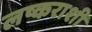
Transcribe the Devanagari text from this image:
लष्कराशी